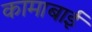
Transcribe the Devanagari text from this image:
कामाबाई